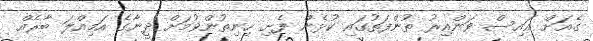
ގެއަށް އައިސް ވަންއިރު ތުންފަތުގައި ކުޅެން ފެށި ހިނިތުންވުމަށް ދީނާގެ އަމިއްލަ ބާރެއް